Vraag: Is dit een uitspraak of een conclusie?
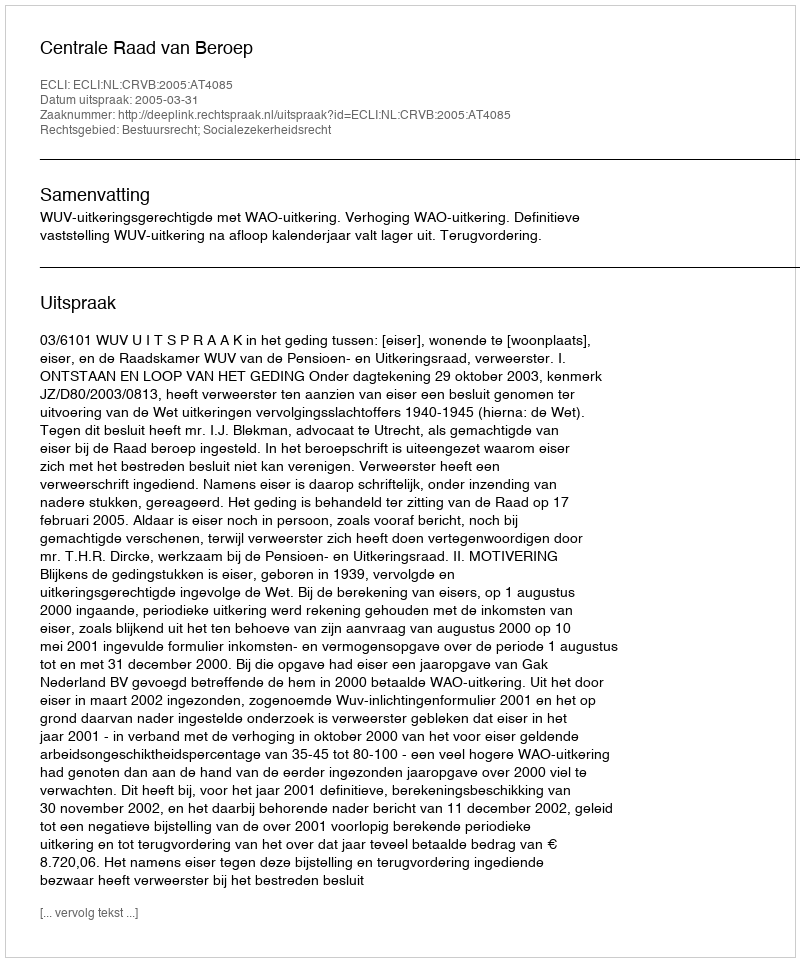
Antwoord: Uitspraak